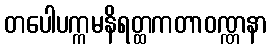
တပေါပက္ကမနိရတ္ထကတာဝဏ္ဏနာ